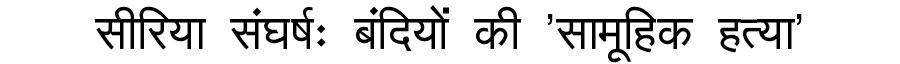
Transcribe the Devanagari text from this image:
सीरिया संघर्षः बंदियों की 'सामूहिक हत्या'